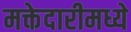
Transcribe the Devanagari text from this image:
मक्तेदारीमध्ये